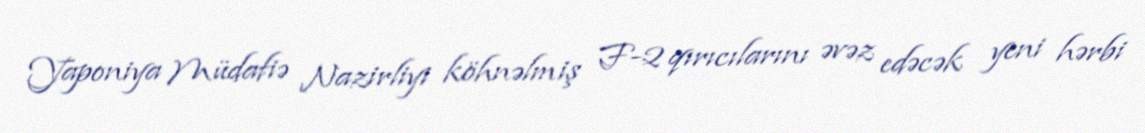
Yaponiya Müdafiə Nazirliyi köhnəlmiş F-2 qırıcılarını əvəz edəcək yeni hərbi